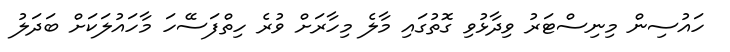
ހައުސިން މިނިސްޓަރު ވިދާޅުވި ގޮތުގައި މާލެ މިހާރަށް ވުރެ ހިތްފަސޭހަ މާހައުލަކަށް ބަދަލު